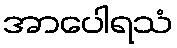
အာပေါရသံ